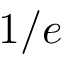
1 / e